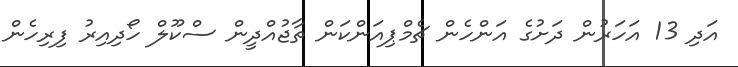
އަދި 13 އަހަރުން ދަށުގެ އަންހެން ޗެމްޕިއަންކަން ތާޖުއްދީން ސްކޫލް ހޯދިއިރު ފިރިހެން